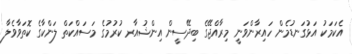
އެކަމަކު އަޅުގަނޑުމެން ހައިރާންވަނީ މިރާއްޖޭގެ ބިދޭސީން އިންޝުއާރ ކުރުމުގެ މަސައްކަތް ލަންކާގެ ކޮތަވާވެލާ